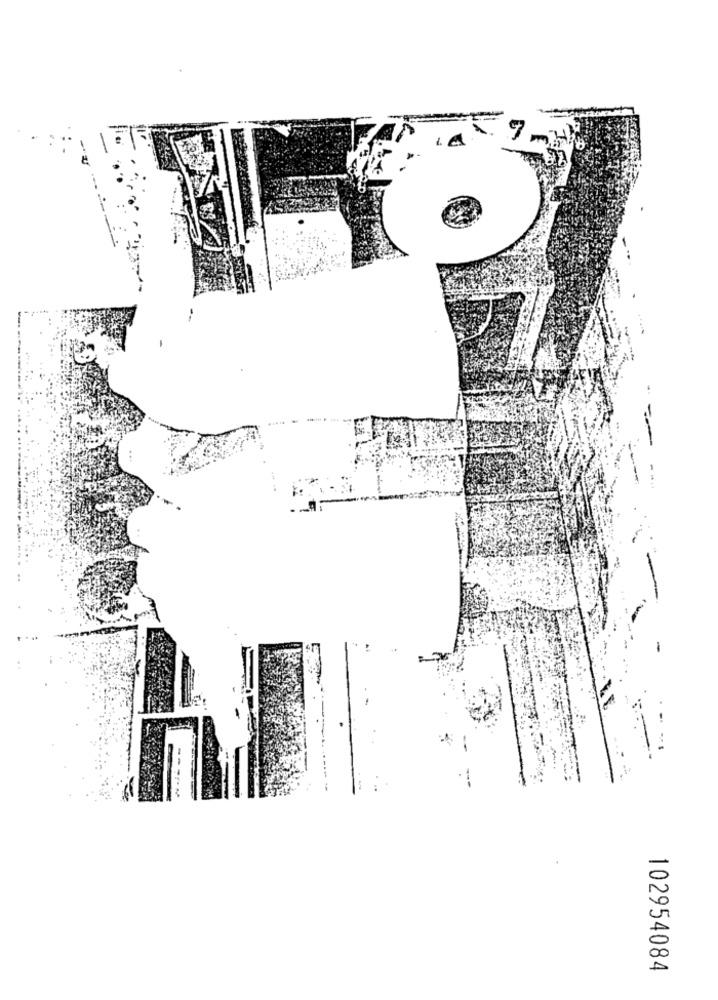
--
102954084